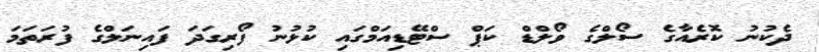
ދެކުނު ކޮރެއާގެ ސޯލްގެ ވޯލްޑް ކަޕް ސްޓޭޑިއަމްގައި ކުޅުނު ފޯރިގަދަ ފައިނަލްގެ ފުރަތަމަ